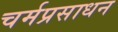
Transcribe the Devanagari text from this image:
चर्मप्रसाधन